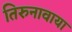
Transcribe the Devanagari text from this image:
तिरुनावाया